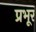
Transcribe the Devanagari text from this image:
प्रभूर